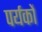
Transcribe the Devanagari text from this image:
पर्यकों